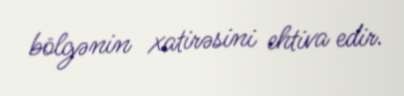
bölgənin xatirəsini ehtiva edir.